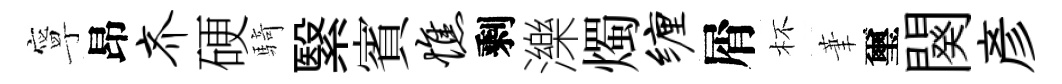
寧昂齐硬騎繄賓憔剩濼燭缠屑杯茟璽闋彥